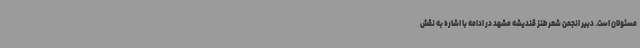
مسئولان است. دبیر انجمن شعر طنز قندیشه مشهد در ادامه با اشاره به نقش